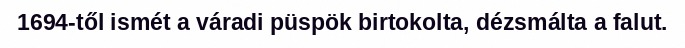
1694-től ismét a váradi püspök birtokolta, dézsmálta a falut.